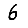
Digit: 6